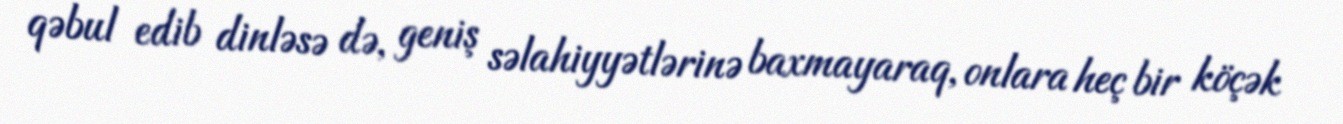
qəbul edib dinləsə də, geniş səlahiyyətlərinə baxmayaraq, onlara heç bir köçək